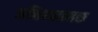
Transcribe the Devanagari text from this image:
अनिश्यात्मक